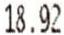
18.92